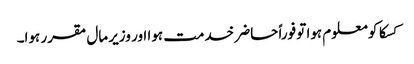
کسکا کو معلوم ہوا تو فوراً حاضر خدمت ہوا اور وزیر مال مقرر ہوا۔